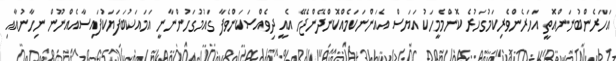
އަހަރެންބުނަންއޮތީ އަހަރެންވެރިކަމުގަހުރެ ކޮންމެމީހަކު އަޔަސް އެއަންނަކަމެއްކޮންދޭންޖެހޭ އެއީ ދިވެއްސަކަންވެފާ ގައުމުގަހުންނާނީ އަމައަކުބަފަޔަކުފައިސާއެއްނޫން ނިހާނުއާއި